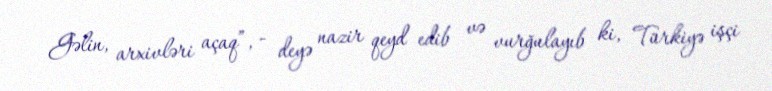
Gəlin, arxivləri açaq”, - deyə nazir qeyd edib və vurğulayıb ki, Türkiyə işçi